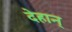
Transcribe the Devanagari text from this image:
देहान्